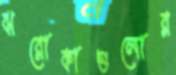
ঝরোকাগুলোর